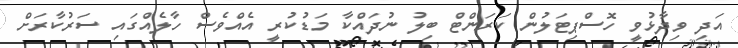
އަދި ވިދާޅުވީ ހޮސްޕިޓަލުން ކަރަންޓް ބިލު ނުދައްކާ މަޑުކުރީ އެއްވެސް ހާލެއްގައި ސަރުކާރަށް